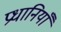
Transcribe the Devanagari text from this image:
प्रधानियाँ